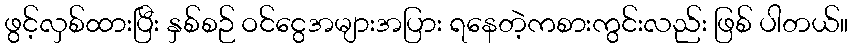
ဖွင့်လှစ်ထားပြီး နှစ်စဉ် ဝင်ငွေအများအပြား ရနေတဲ့ကစားကွင်းလည်း ဖြစ် ပါတယ်။